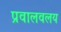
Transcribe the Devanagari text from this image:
प्रवालवलय